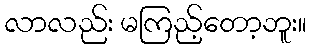
လာလည်း မကြည့်တော့ဘူး။